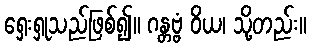
ရှေးရှုသည်ဖြစ်၍။ ဂန္တဗ္ဗံ ဝိယ၊ သို့တည်း။